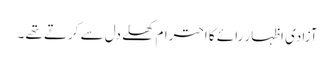
آزادی اظہار رائے کا احترام کھلے دل سے کرتے تھے ۔